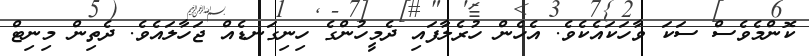
ކޮންމެވެސް ސަކަ ވާހަކައެކެވެ. އެހެން ހުރެލާފައި ދެމީހުންގެ ހިނިގަނޑެއް ޖަހާލައެވެ. ދެތިން މިނިޓް